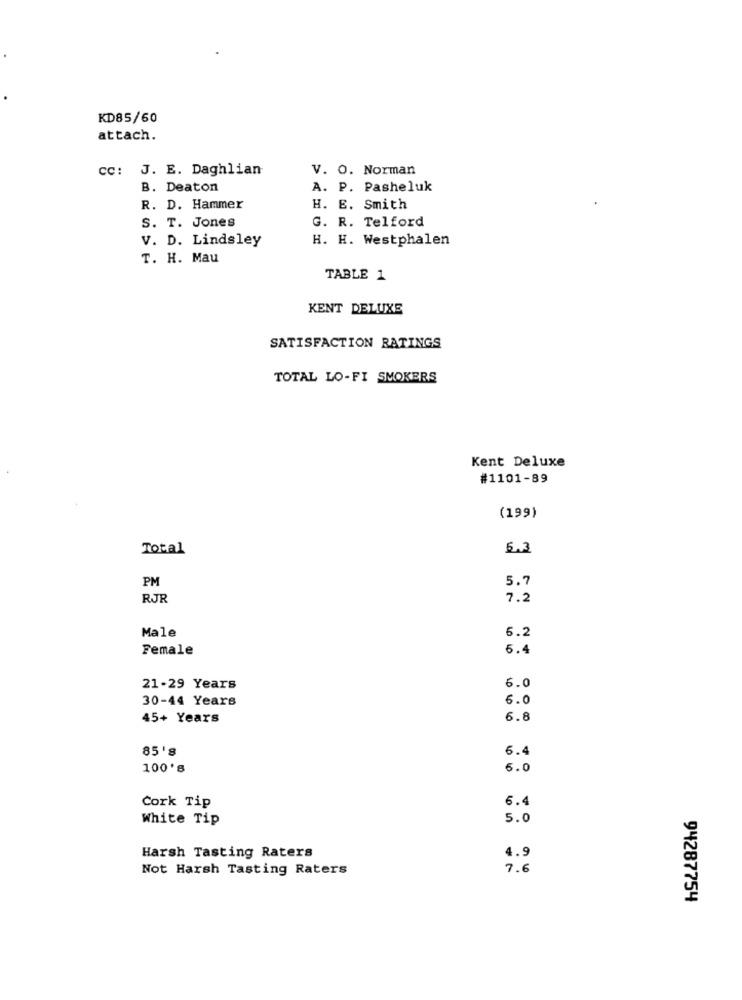
KD85/60
attach.
CC: J. E. Daghlian
V. O. Norman
B. Deaton
A. P. Pasheluk
R. D. Hammer
H. E. Smith
G. R. Telford
S. T. Jones
V. D. Lindsley
H. H. Westphalen
T. H. Mau
TABLE 1
KENT DELUXE
SATISFACTION RATINGS
TOTAL LO-FI SMOKERS
Kent Deluxe
#1101-89
(199)
Total
5.3
PM
5.7
RJR
7.2
Male
6.2
Female
6.4
6.0
21-29 Years
30-44 Years
6.0
45+ Years
6.8
85's
6.4
100's
6.0
6.4
Cork Tip
White Tip
5.0
Harsh Tasting Raters
4.9
Not Harsh Tasting Raters
7.6
94287754